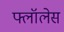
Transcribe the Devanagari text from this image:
फ्लॉलेस